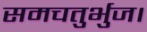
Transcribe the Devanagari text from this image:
समचतुर्भुज।